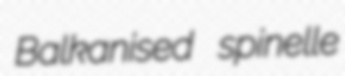
Balkanised spinelle